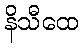
နိသီထေ